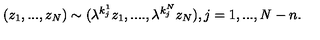
( z _ { 1 } , . . . , z _ { \it N } ) \sim ( { \lambda } ^ { k _ { j } ^ { 1 } } z _ { 1 } , . . . . , { \lambda } ^ { k _ { j } ^ { N } } z _ { N } ) , j = 1 , . . . , { \it N } - n .